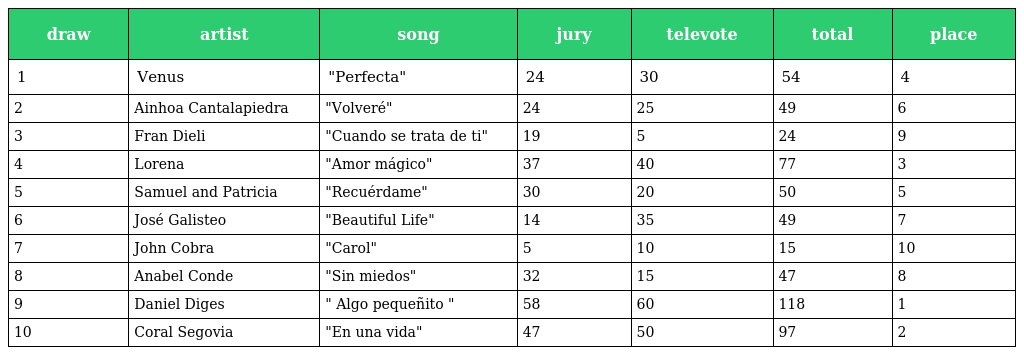
| draw | artist | song | jury | televote | total | place |
 | --- | --- | --- | --- | --- | --- | --- |
 | 1 | Venus | "Perfecta" | 24 | 30 | 54 | 4 |
 | 2 | Ainhoa Cantalapiedra | "Volveré" | 24 | 25 | 49 | 6 |
 | 3 | Fran Dieli | "Cuando se trata de ti" | 19 | 5 | 24 | 9 |
 | 4 | Lorena | "Amor mágico" | 37 | 40 | 77 | 3 |
 | 5 | Samuel and Patricia | "Recuérdame" | 30 | 20 | 50 | 5 |
 | 6 | José Galisteo | "Beautiful Life" | 14 | 35 | 49 | 7 |
 | 7 | John Cobra | "Carol" | 5 | 10 | 15 | 10 |
 | 8 | Anabel Conde | "Sin miedos" | 32 | 15 | 47 | 8 |
 | 9 | Daniel Diges | " Algo pequeñito " | 58 | 60 | 118 | 1 |
 | 10 | Coral Segovia | "En una vida" | 47 | 50 | 97 | 2 |